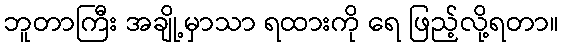
ဘူတာကြီး အချို့မှာသာ ရထားကို ရေ ဖြည့်လို့ရတာ။